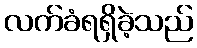
လက်ခံရရှိခဲ့သည်